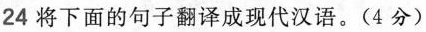
24 将下面的句子翻译成现代汉语。(4分)